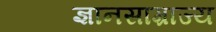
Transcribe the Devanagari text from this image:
ज्ञानसाम्राज्य